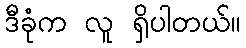
ဒီခုံက လူ ရှိပါတယ်။